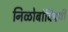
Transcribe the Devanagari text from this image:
निळोबांविषयी